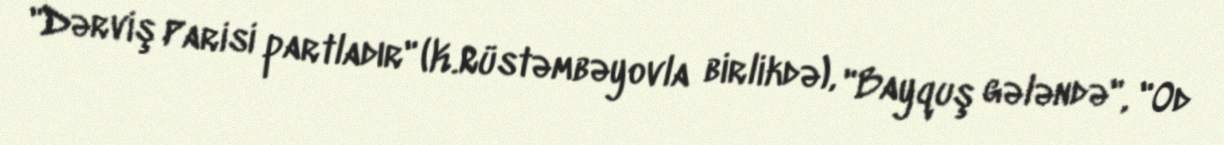
"Dərviş Parisi partladır" (K.Rüstəmbəyovla birlikdə), "Bayquş gələndə", "Od